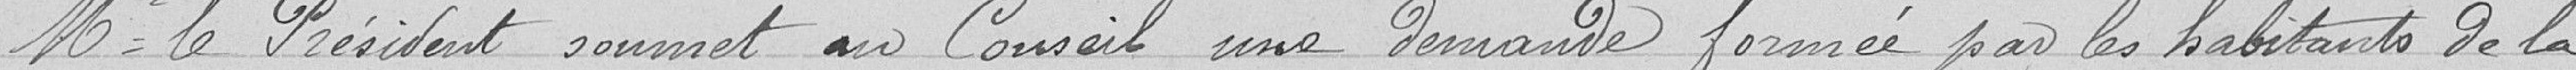
Monsieur le Président soumet au Conseil une demande formée par les habitants de la